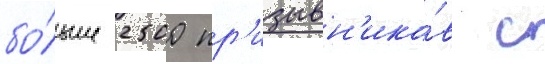
бо́льше 2500 пр'изывн'ико́в с